Indian journal of veterinary science and animal husbandry - Volume 8,
Year: 1938
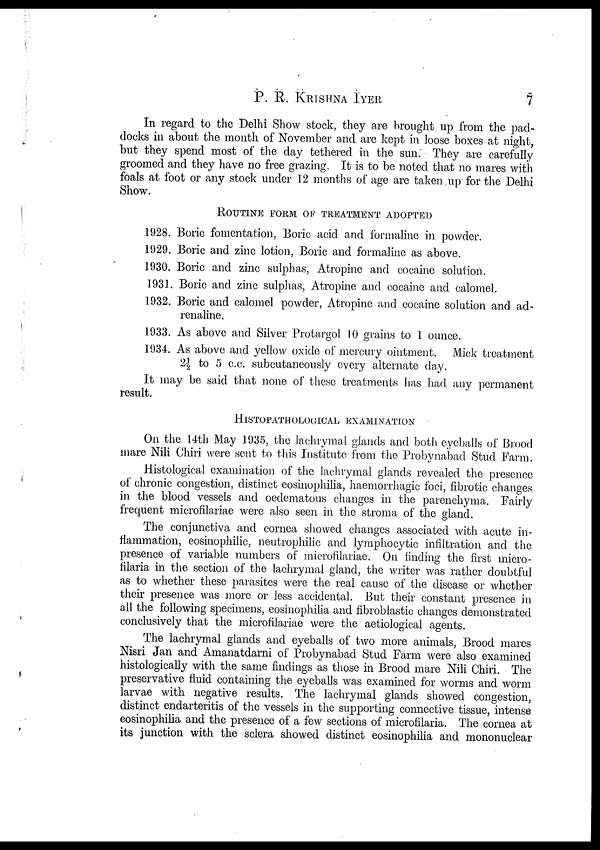
P. R.
KRISHNA
IYER
7
In regard to the Delhi Show stock, they are brought up from the pad-
docks in about the month of November and are kept in loose boxes at night,
but they spend most of the day tethered in the sun. They are carefully
groomed and they have no free grazing. It is to be noted that no mares with
foals at foot or any stock under 12 months of age are taken up for the Delhi
Show.
ROUTINE FORM OF TREATMENT ADOPTED
1928. Boric fomentation, Boric acid and formaline in powder.
1929. Boric and zinc lotion, Boric and formaline as above.
1930. Boric and zinc sulphas, Atropine and cocaine solution.
1931. Boric and zinc sulphas, Atropine and cocaine and calomel.
1932. Boric and calomel powder, Atropine and cocaine solution and ad-
renaline.
1933. As above and Silver Protargol 10 grains to 1 ounce.
1934. As above and yellow oxide of mercury ointment. Mick treatment
2½ to 5 c.c. subcutaneously every alternate day.
It may be said that none of these treatments has had any permanent
result.
HISTOPATHOLOGICAL EXAMINATION
On the 14th May 1935, the lachrymal glands and both eyeballs of Brood
mare Nili Chiri were sent to this Institute from the Probynabad Stud Farm.
Histological examination of the lachrymal glands revealed the presence
of chronic congestion, distinct eosinophilia, haemorrhagic foci, fibrotic changes
in the blood vessels and oedematous changes in the parenchyma. Fairly
frequent microfilariae were also seen in the stroma of the gland.
The conjunctiva and cornea showed changes associated with acute in-
flammation, eosinophilic, neutrophilic and lymphocytic infiltration and the
presence of variable numbers of microfilariae. On finding the first micro-
filaria in the section of the lachrymal gland, the writer was rather doubtful
as to whether these parasites were the real cause of the disease or whether
their presence was more or less accidental. But their constant presence in
all the following specimens, eosinophilia and fibroblastic changes demonstrated
conclusively that the microfilariae were the aetiological agents.
The lachrymal glands and eyeballs of two more animals, Brood mares
Nisri Jan and Amanatdarni of Probynabad Stud Farm were also examined
histologically with the same findings as those in Brood mare Nili Chiri. The
preservative fluid containing the eyeballs was examined for worms and worm
larvae with negative results. The lachrymal glands showed congestion,
distinct endarteritis of the vessels in the supporting connective tissue, intense
eosinophilia and the presence of a few sections of microfilaria. The cornea at
its junction with the sclera showed distinct eosinophilia and mononuclear